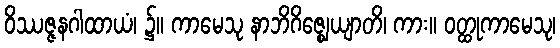
ဝိဿဇ္ဇနဂါထာယံ၊ ၌။ ကာမေသု နာဘိဂိဇ္ဈေယျာတိ၊ ကား။ ဝတ္ထုကာမေသု၊